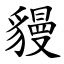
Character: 䝢